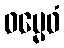
ဓမ္မေဝံ